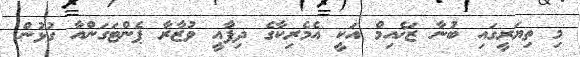
މި ތިޔަރީގައި ބުނާ ޒަޚެއިމް އަކީ އެމެރިކާގެ ދިފާއީ ވުޒާރާ ޕެންޓަގަންއާ ގުޅުން